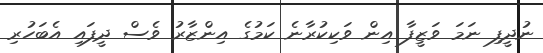
ނުދީފި ނަމަ ވަޒީފާ އިން ވަކިކުރާނެ ކަމުގެ އިންޒާރު ވެސް ދީފައި އެބަހުރި